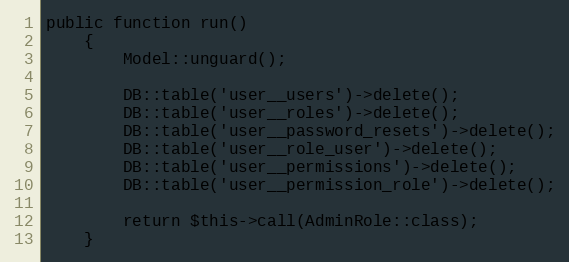
Language: PHP
public function run()
    {
        Model::unguard();

        DB::table('user__users')->delete();
        DB::table('user__roles')->delete();
        DB::table('user__password_resets')->delete();
        DB::table('user__role_user')->delete();
        DB::table('user__permissions')->delete();
        DB::table('user__permission_role')->delete();

        return $this->call(AdminRole::class);
    }